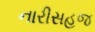
નારીસહજ